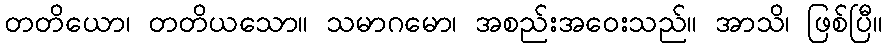
တတိယော၊ တတိယသော။ သမာဂမော၊ အစည်းအဝေးသည်။ အာသိ၊ ဖြစ်ပြီ။